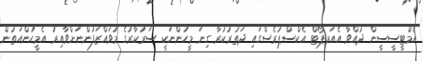
އެމްޓީސީސީން ދުއްވާ އެއަރޕޯޓް އެކްސްޕުރެސްގައި ދަތުރުކުރާ ގިނަ މީހުންނަކީ ސަރުކާރުގެ މުވައްޒަފުންނަށްވާއިރު އެމީހުންއަތުން